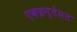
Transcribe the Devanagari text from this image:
एकइन्तेग्रल